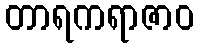
တာရကရာဇာဝ